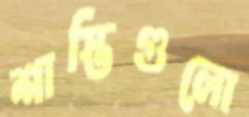
শাস্তিগুলো